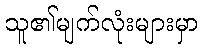
သူ၏မျက်လုံးများမှာ